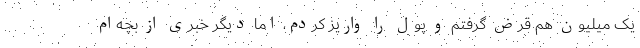
یک میلیون هم قرض گرفتم و پول را واریز کردم، اما دیگر خبری از بچه‌ام